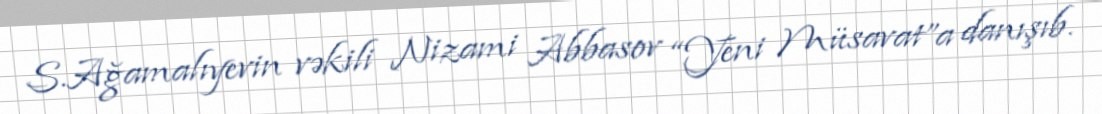
S.Ağamalıyevin vəkili Nizami Abbasov “Yeni Müsavat”a danışıb.